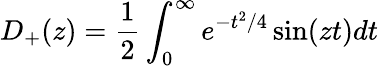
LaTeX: D_{+}(z)=\frac{1}{2}\int_{0}^{\infty}e^{-t^{2}/4}\sin(zt)dt